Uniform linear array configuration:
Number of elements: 32
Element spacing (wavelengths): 1
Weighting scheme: exponential
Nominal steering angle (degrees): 15
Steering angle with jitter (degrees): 13.346
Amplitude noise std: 0.05
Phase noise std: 0.05

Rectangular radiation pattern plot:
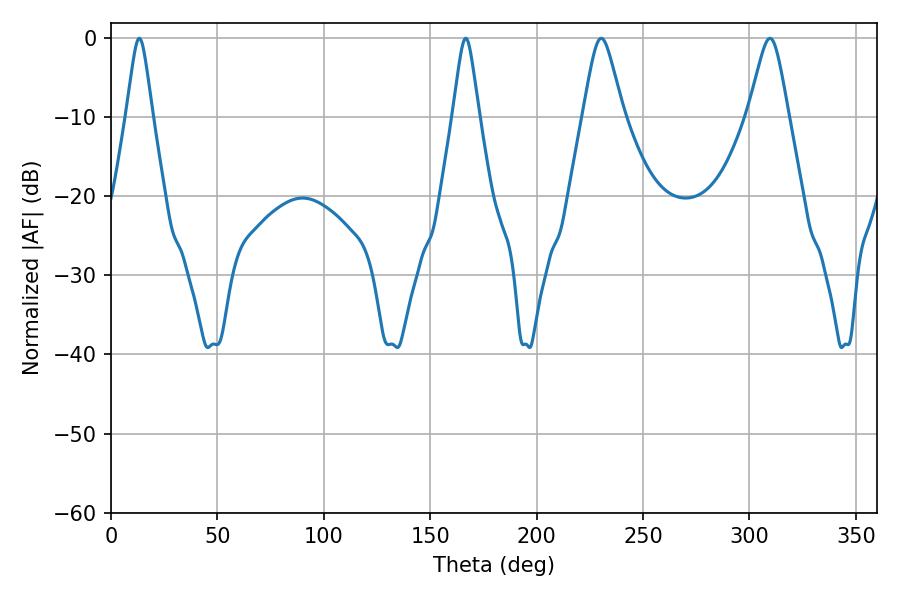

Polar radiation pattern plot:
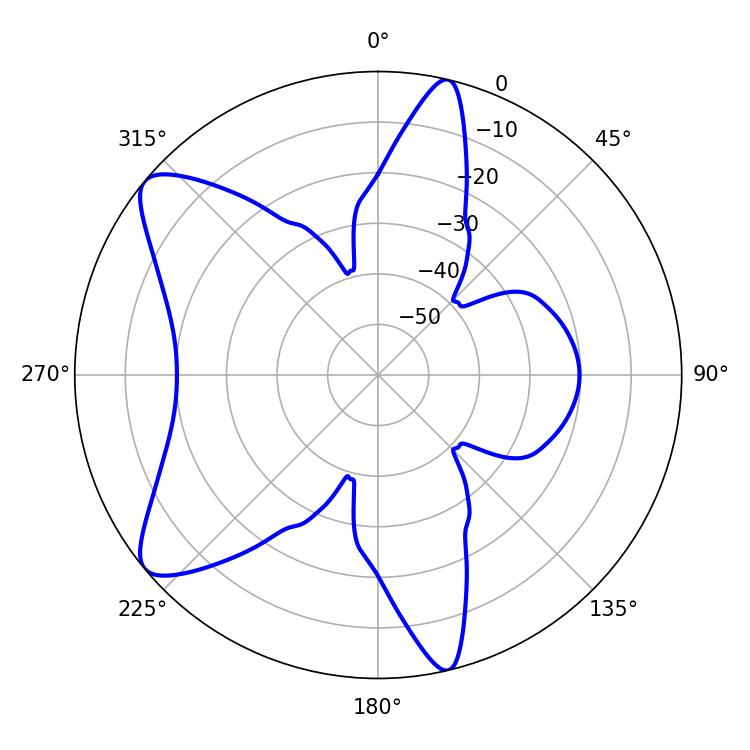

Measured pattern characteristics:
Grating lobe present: TRUE
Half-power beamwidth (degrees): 5.76
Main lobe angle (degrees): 13.32